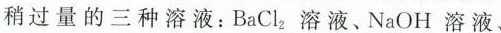
稍过量的三种溶液：BaCl_{2}溶液、NaOH溶液、